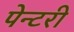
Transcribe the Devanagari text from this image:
पेन्टरी